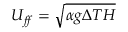
U _ { f \! f } = \sqrt { \alpha g \Delta T H }